Bombay plague: being a history of the progress of plague in the Bombay presidency from September 1896 to June 1899
Year: 1896
Disease focus: Plague
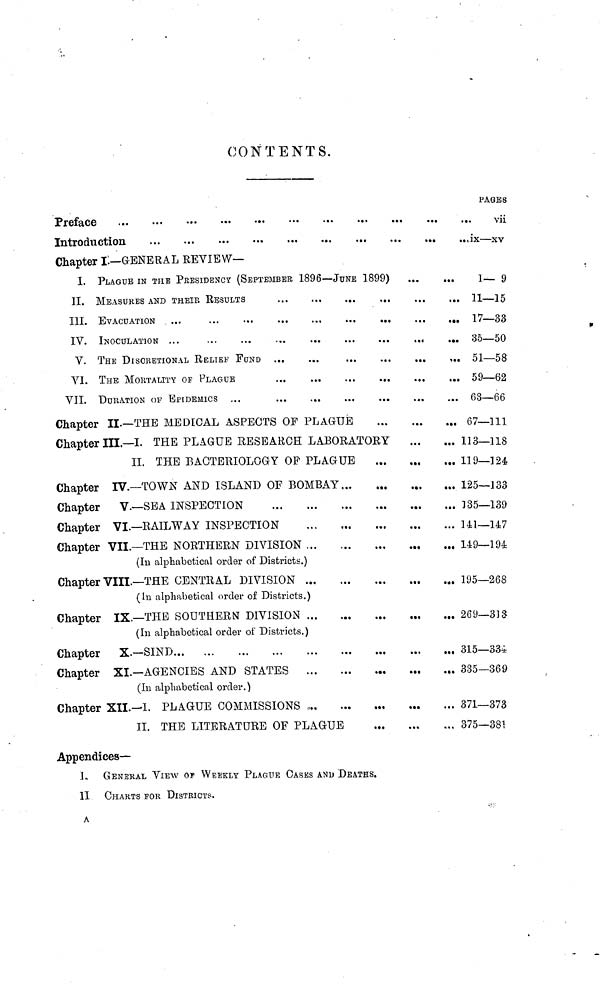
CONTENTS.
Preface
Introduction
Chapter I— GENERAL REVIEW—
I. PLAGUE IN THE PRESIDENCY (SEPTEMBER 1896 — JUNE 1899)
II. MEASURES AND THEIR RESULTS
III. EVACUATION ...
IV. INOCULATION ...
V. THE DISCRETIONAL RELIEF FUND
VI. THE MORTALITY OF PLAGUE
VII. DURATION OF EPIDEMICS ...
...
...
...
Chapter II.—THE MEDICAL ASPECTS OF PLAGUÉ
...
Chapter III— I. THE PLAGUE RESEARCH LABORATORY
II. THE BACTERIOLOGY OF PLAGUE
Chapter IV.— TOWN AND ISLAND OF BOMBAY...
Chapter
V.— SEA INSPECTION
Chapter VI.— RAILWAY INSPECTION
Chapter VII.— THE NORTHERN DIVISION
(In alphabetical order of Districts.)
Chapter VIII.— THE CENTRAL DIVISION
(In alphabetical order of Districts.)
Chapter IX.— THE SOUTHERN DIVISION
(In alphabetical order of Districts.)
Chapter X-SIND
Chapter XI.— AGENCIES AND STATES
(In alphabetical order.)
Chapter XII.— I. PLAGUE COMMISSIONS ...
II. THE LITERATURE OF PLAGUE
Appendices—
···
···
I
GENERAL VIEW OF WEEKLY PLAGUE CASES AND DEATHS.
II
CHARTS FOR DISTRICTS.
A
...
...
...
···
...
...
···
...
···
···
...
···
···
...
PAGES
1— 9
11—15
17—33
35—50
51 58
59—62
63 66
67—111
113—118
119—124
125—133
135—139
l41— 147
149— 194
195—268
269—313
315—334
335—369
371—373
375—381